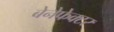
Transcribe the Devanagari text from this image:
बेनेफेक्टर